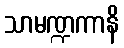
သာမဏ္ဍကာနိ